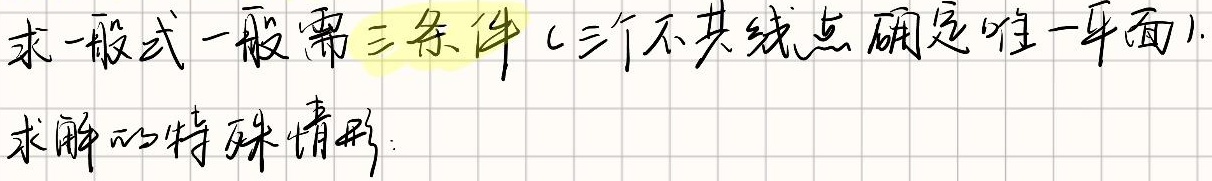
求一般式一般需三条件（三个不共线点确定唯一平面）。求解的特殊情形：